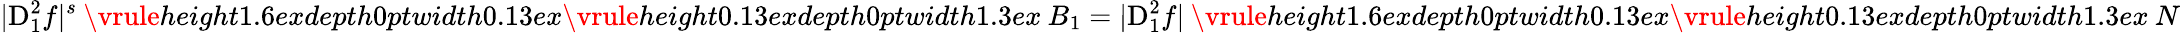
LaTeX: |{\mathrm{D}}_{1}^{2}f|^{s}\mathbin{\vrule height1.6exdepth0ptwidth0.13ex\vrule height0.13exdepth0ptwidth1.3ex}B_{1}=|{\mathrm{D}}_{1}^{2}f|\mathbin{\vrule height1.6exdepth0ptwidth0.13ex\vrule height0.13exdepth0ptwidth1.3ex}N